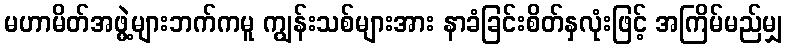
မဟာမိတ်အဖွဲ့များဘက်ကမူ ကျွန်းသစ်များအား နာခံခြင်းစိတ်နှလုံးဖြင့် အကြိမ်မည်မျှ